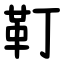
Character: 靪